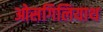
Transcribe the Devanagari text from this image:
ओसगिलियाथ